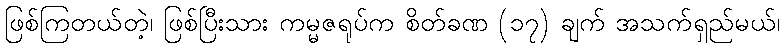
ဖြစ်ကြတယ်တဲ့၊ ဖြစ်ပြီးသား ကမ္မဇရုပ်က စိတ်ခဏ (၁၇) ချက် အသက်ရှည်မယ်၊